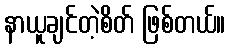
နာယူချင်တဲ့စိတ် ဖြစ်တယ်။